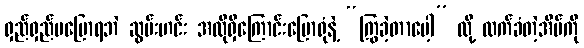
ရှည်ရှည်မပြောရဘဲ ဆွမ်းဟင်း အလိုရှိကြောင်းပြောရုံနဲ့ “ကြွခဲ့တာပေါ့” လို့ လက်ခံတဲ့အိမ်ကို